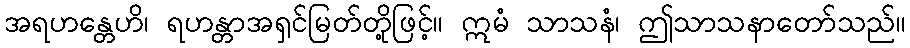
အရဟန္တေဟိ၊ ရဟန္တာအရှင်မြတ်တို့ဖြင့်။ ဣမံ သာသနံ၊ ဤသာသနာတော်သည်။